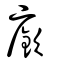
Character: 廞